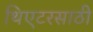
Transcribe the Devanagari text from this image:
थिएटरसाठी